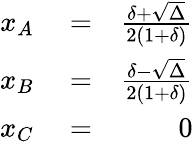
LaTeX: \begin{array}{rlr}{{x_{A}}}&{{}=}&{\frac{\delta+\sqrt{\Delta}}{{2\left({1+\delta}\right)}}}\\ {{x_{B}}}&{{}=}&{\frac{\delta-\sqrt{\Delta}}{{2\left({1+\delta}\right)}}}\\ {{x_{C}}}&{{}=}&{0}\end{array}